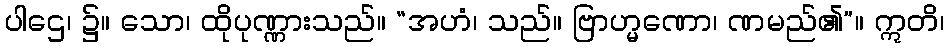
ပါဌေ၊ ၌။ သော၊ ထိုပုဏ္ဏားသည်။ “အဟံ၊ သည်။ ဗြာဟ္မဏော၊ ဏမည်၏”။ ဣတိ၊